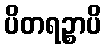
ပိတရဉ္စာပိ